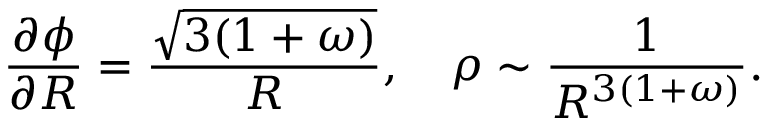
\frac { \partial \phi } { \partial { \cal R } } = \frac { \sqrt { 3 ( 1 + \omega ) } } { { \cal R } } , ~ ~ ~ \rho \sim \frac { 1 } { { \cal R } ^ { 3 ( 1 + \omega ) } } .